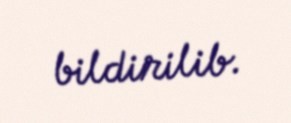
bildirilib.